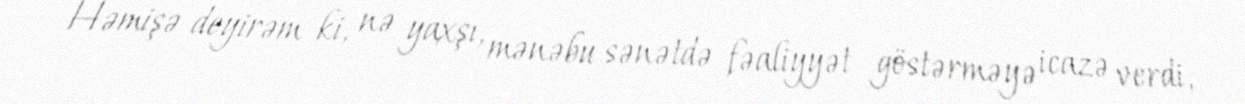
Həmişə deyirəm ki, nə yaxşı, mənəbu sənətdə fəaliyyət göstərməyə icazə verdi,